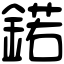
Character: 鍩